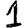
Digit: 1